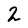
Character: 2